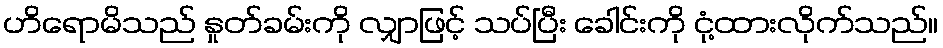
ဟိရောမိသည် နှုတ်ခမ်းကို လျှာဖြင့် သပ်ပြီး ခေါင်းကို ငုံ့ထားလိုက်သည်။